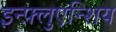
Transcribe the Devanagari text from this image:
इन्फ़्लुएन्शिय